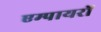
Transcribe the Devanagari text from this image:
एम्पायरों